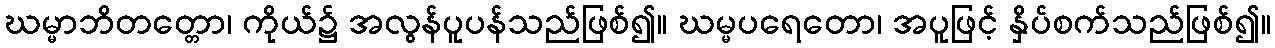
ဃမ္မာဘိတတ္တော၊ ကိုယ်၌ အလွန်ပူပန်သည်ဖြစ်၍။ ဃမ္မပရေတော၊ အပူဖြင့် နှိပ်စက်သည်ဖြစ်၍။